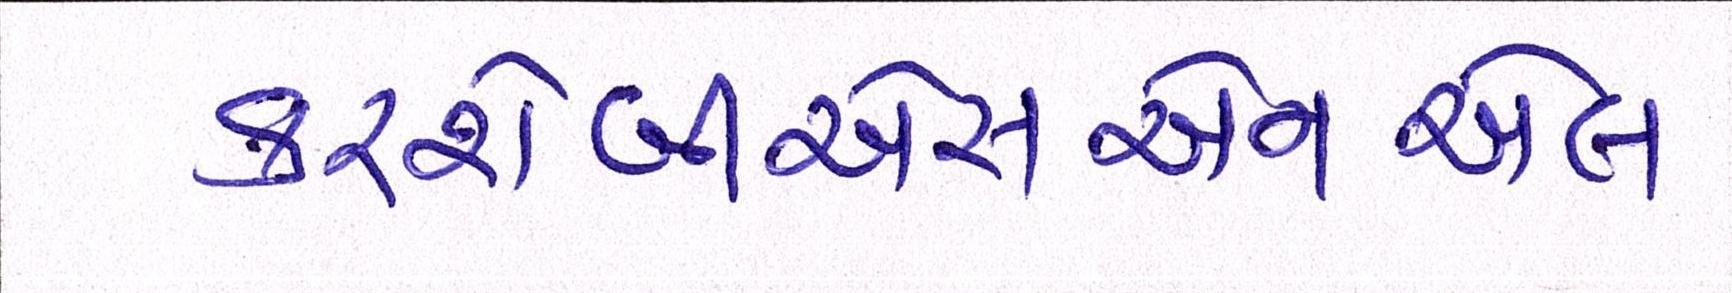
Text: કરશેબીએસએનએલ